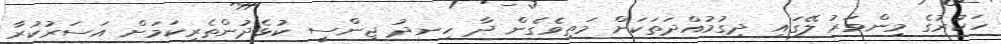
ހަކުރުގެ މިންވަރު ލޭގައި ދިގުމުއްދަތަކަށް މަތިވެގެން ދާ ހިނދު ޖިންސީ ކުޅެދުންތެރިކަމަށް އަސަރުކުރާ